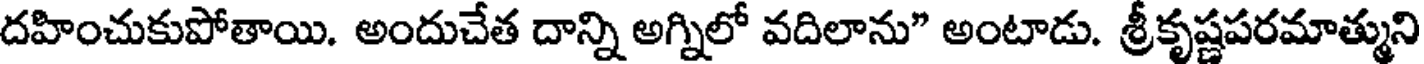
దహించుకుపోతాయి. అందుచేత దాన్ని అగ్నిలో వదిలాను" అంటాడు. శ్రీకృష్ణపరమాత్ముని